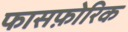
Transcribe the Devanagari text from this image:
फासफ़ोरिक